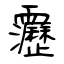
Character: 靋